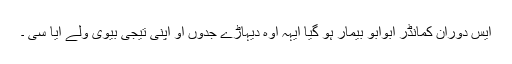
ایس دوران کمانڈر ابوابو بیمار ہو گیا ایہہ اوہ دیہاڑے جدوں او اپنی تیجی بیوی ولے آیا سی ۔